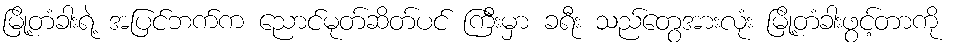
မြို့တံခါးရဲ့ အပြင်ဘက်က ညောင်မုတ်ဆိတ်ပင် ကြီးမှာ ခရီး သည်တွေအားလုံး မြို့တံခါးဖွင့်တာကို